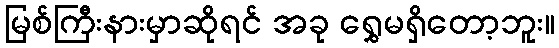
မြစ်ကြီးနားမှာဆိုရင် အခု ရွှေမရှိတော့ဘူး။